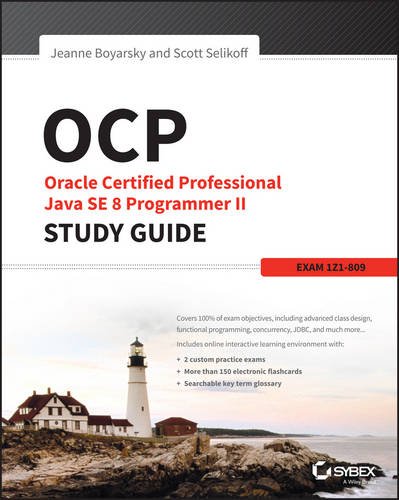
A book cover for OCP: Oracle Certified Professional Java SE 8 Programmer II Study Guide: Exam 1Z0-809; Jeanne Boyarsky; Computers & Technology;